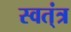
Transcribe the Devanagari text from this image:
स्वत्ंत्र